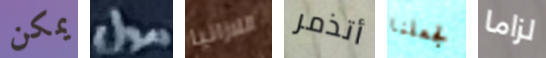
يمكن مول اللازانيا أتذمر لجعلنا لزاما